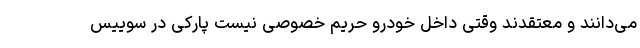
می‌دانند و معتقدند وقتی داخل خودرو حریم خصوصی نیست پارکی در سوییس